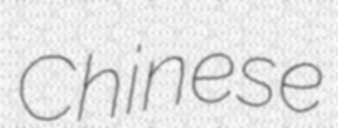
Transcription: Chinese